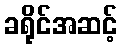
ခရိုင်အဆင့်